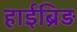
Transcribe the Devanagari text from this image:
हाईब्रिड़